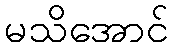
မသိအောင်